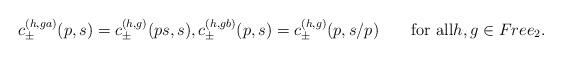
LaTeX: \begin{align*}c_{\pm}^{(h,ga)}(p,s)=c_{\pm}^{(h,g)}(p s,s),c_{\pm}^{(h,gb)}(p,s)=c_{\pm}^{(h,g)}(p,s/p)\qquad\textrm{for all}h,g\in Free_2.\end{align*}